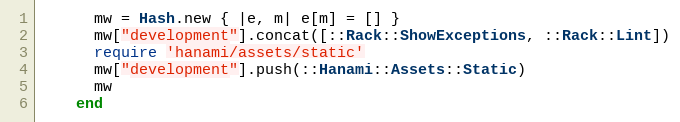
Language: Ruby
      mw = Hash.new { |e, m| e[m] = [] }
      mw["development"].concat([::Rack::ShowExceptions, ::Rack::Lint])
      require 'hanami/assets/static'
      mw["development"].push(::Hanami::Assets::Static)
      mw
    end